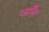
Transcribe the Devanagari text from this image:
फातिर